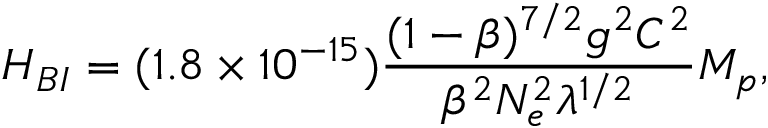
H _ { B I } = ( 1 . 8 \times 1 0 ^ { - 1 5 } ) \frac { ( 1 - \beta ) ^ { 7 / 2 } g ^ { 2 } { \cal C } ^ { 2 } } { \beta ^ { 2 } N _ { e } ^ { 2 } \lambda ^ { 1 / 2 } } M _ { p } ,